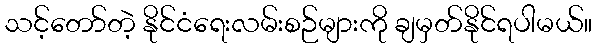
သင့်တော်တဲ့ နိုင်ငံရေးလမ်းစဉ်များကို ချမှတ်နိုင်ရပါမယ်။